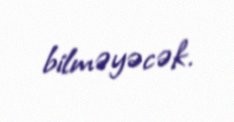
bilməyəcək.